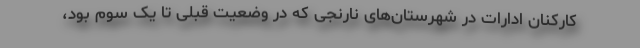
کارکنان ادارات در شهرستان‌های نارنجی که در وضعیت قبلی تا یک سوم بود،